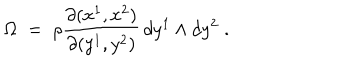
\Omega \; = \; \rho \frac { \partial ( x ^ { 1 } , x ^ { 2 } ) } { \partial ( y ^ { 1 } , y ^ { 2 } ) } \, d y ^ { 1 } \land d y ^ { 2 } \; .